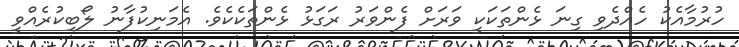
ހުރުމާއެކު ހެއްދެވި ގިނަ ޅެންތަކަކީ ވަރަށް ފެންވަރު ރަގަޅު ޅެންތަކެކެވެ. އެމަނިކުފާނު ލޯބިކުރެއްވީ